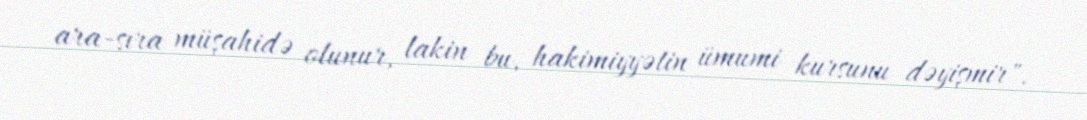
ara-sıra müşahidə olunur, lakin bu, hakimiyyətin ümumi kursunu dəyişmir".